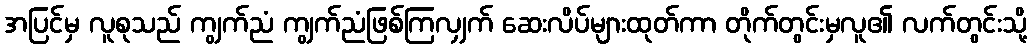
အပြင်မှ လူစုသည် ကျွက်ညံ ကျွက်ညံဖြစ်ကြလျှက် ဆေးလိပ်များထုတ်ကာ တိုက်တွင်းမှလူ၏ လက်တွင်းသို့